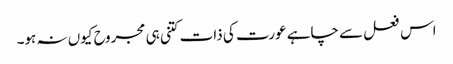
اس فعل سے چاہے عورت کی ذات کتنی ہی مجروح کیوں نہ ہو۔